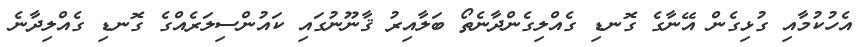
އެހުކުމާއި ގުޅިގެން އޭނާގެ ގޮނޑި ގެއްލިގެންދާނެތޯ ބަލާއިރު ޤާނޫނުގައި ކައުންސިލަރެއްގެ ގޮނޑި ގެއްލިދާނެ